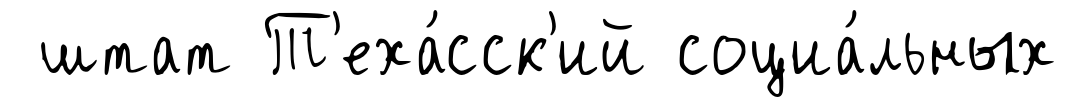
штат Т'еха́сск'ий социа́льных